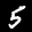
Label: 5